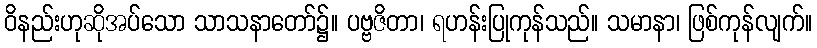
ဝိနည်းဟုဆိုအပ်သော သာသနာတော်၌။ ပဗ္ဗဇိတာ၊ ရဟန်းပြုကုန်သည်။ သမာနာ၊ ဖြစ်ကုန်လျက်။